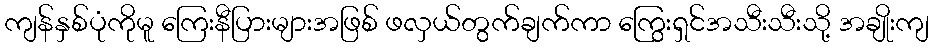
ကျန်နှစ်ပုံကိုမူ ကြေးနီပြားများအဖြစ် ဖလှယ်တွက်ချက်ကာ ကြွေးရှင်အသီးသီးသို့ အချိုးကျ